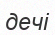
дечі